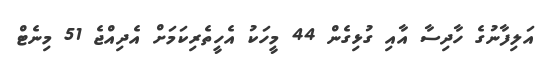
އަލިފާނުގެ ހާދިސާ އާއި ގުޅިގެން 44 މީހަކު އެހީތެރިކަމަށް އެދިއްޖެ 51 މިނެޓް